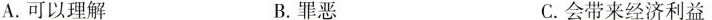
A.可以理解 B.罪恶 C.会带来经济利益